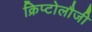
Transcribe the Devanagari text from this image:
क्रिप्टोलौजी